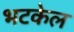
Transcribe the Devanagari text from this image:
भटकेल